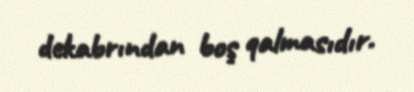
dekabrından boş qalmasıdır.